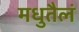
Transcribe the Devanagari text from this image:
मधुतैलं